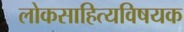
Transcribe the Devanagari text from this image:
लोकसाहित्यविषयक